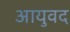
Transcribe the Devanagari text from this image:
आयुवद